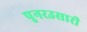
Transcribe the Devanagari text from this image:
पुनरउसारी